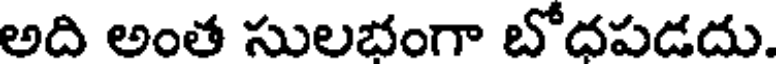
అది అంత సులభంగా బోదపడదు.